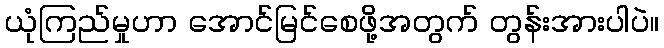
ယုံကြည်မှုဟာ အောင်မြင်စေဖို့အတွက် တွန်းအားပါပဲ။